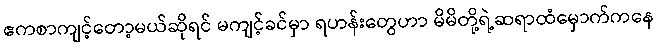
ဧကစာကျင့်တော့မယ်ဆိုရင် မကျင့်ခင်မှာ ရဟန်းတွေဟာ မိမိတို့ရဲ့ဆရာထံမှောက်ကနေ